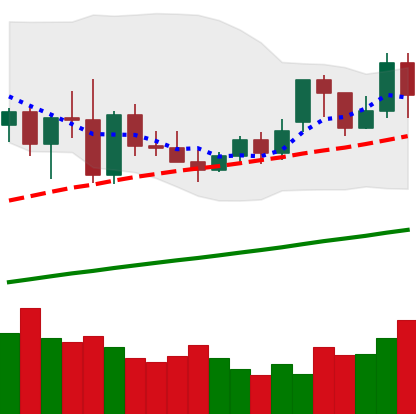
Ticker: XMR-USD
Chart end date: 2020-11-22
Forward return: -4.882%
Label: down_3_5